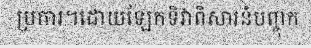
ប្រការ។ដោយឡែកទិវាពិសារនំបញ្ចុក